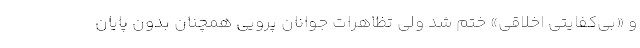
و «بی‌کفایتی اخلاقی» ختم شد ولی تظاهرات جوانان پرویی همچنان بدون پایان